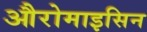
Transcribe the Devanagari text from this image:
औरोमाइसिन